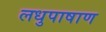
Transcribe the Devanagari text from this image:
लधुपाषाण